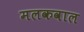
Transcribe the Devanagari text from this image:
मलकवाल